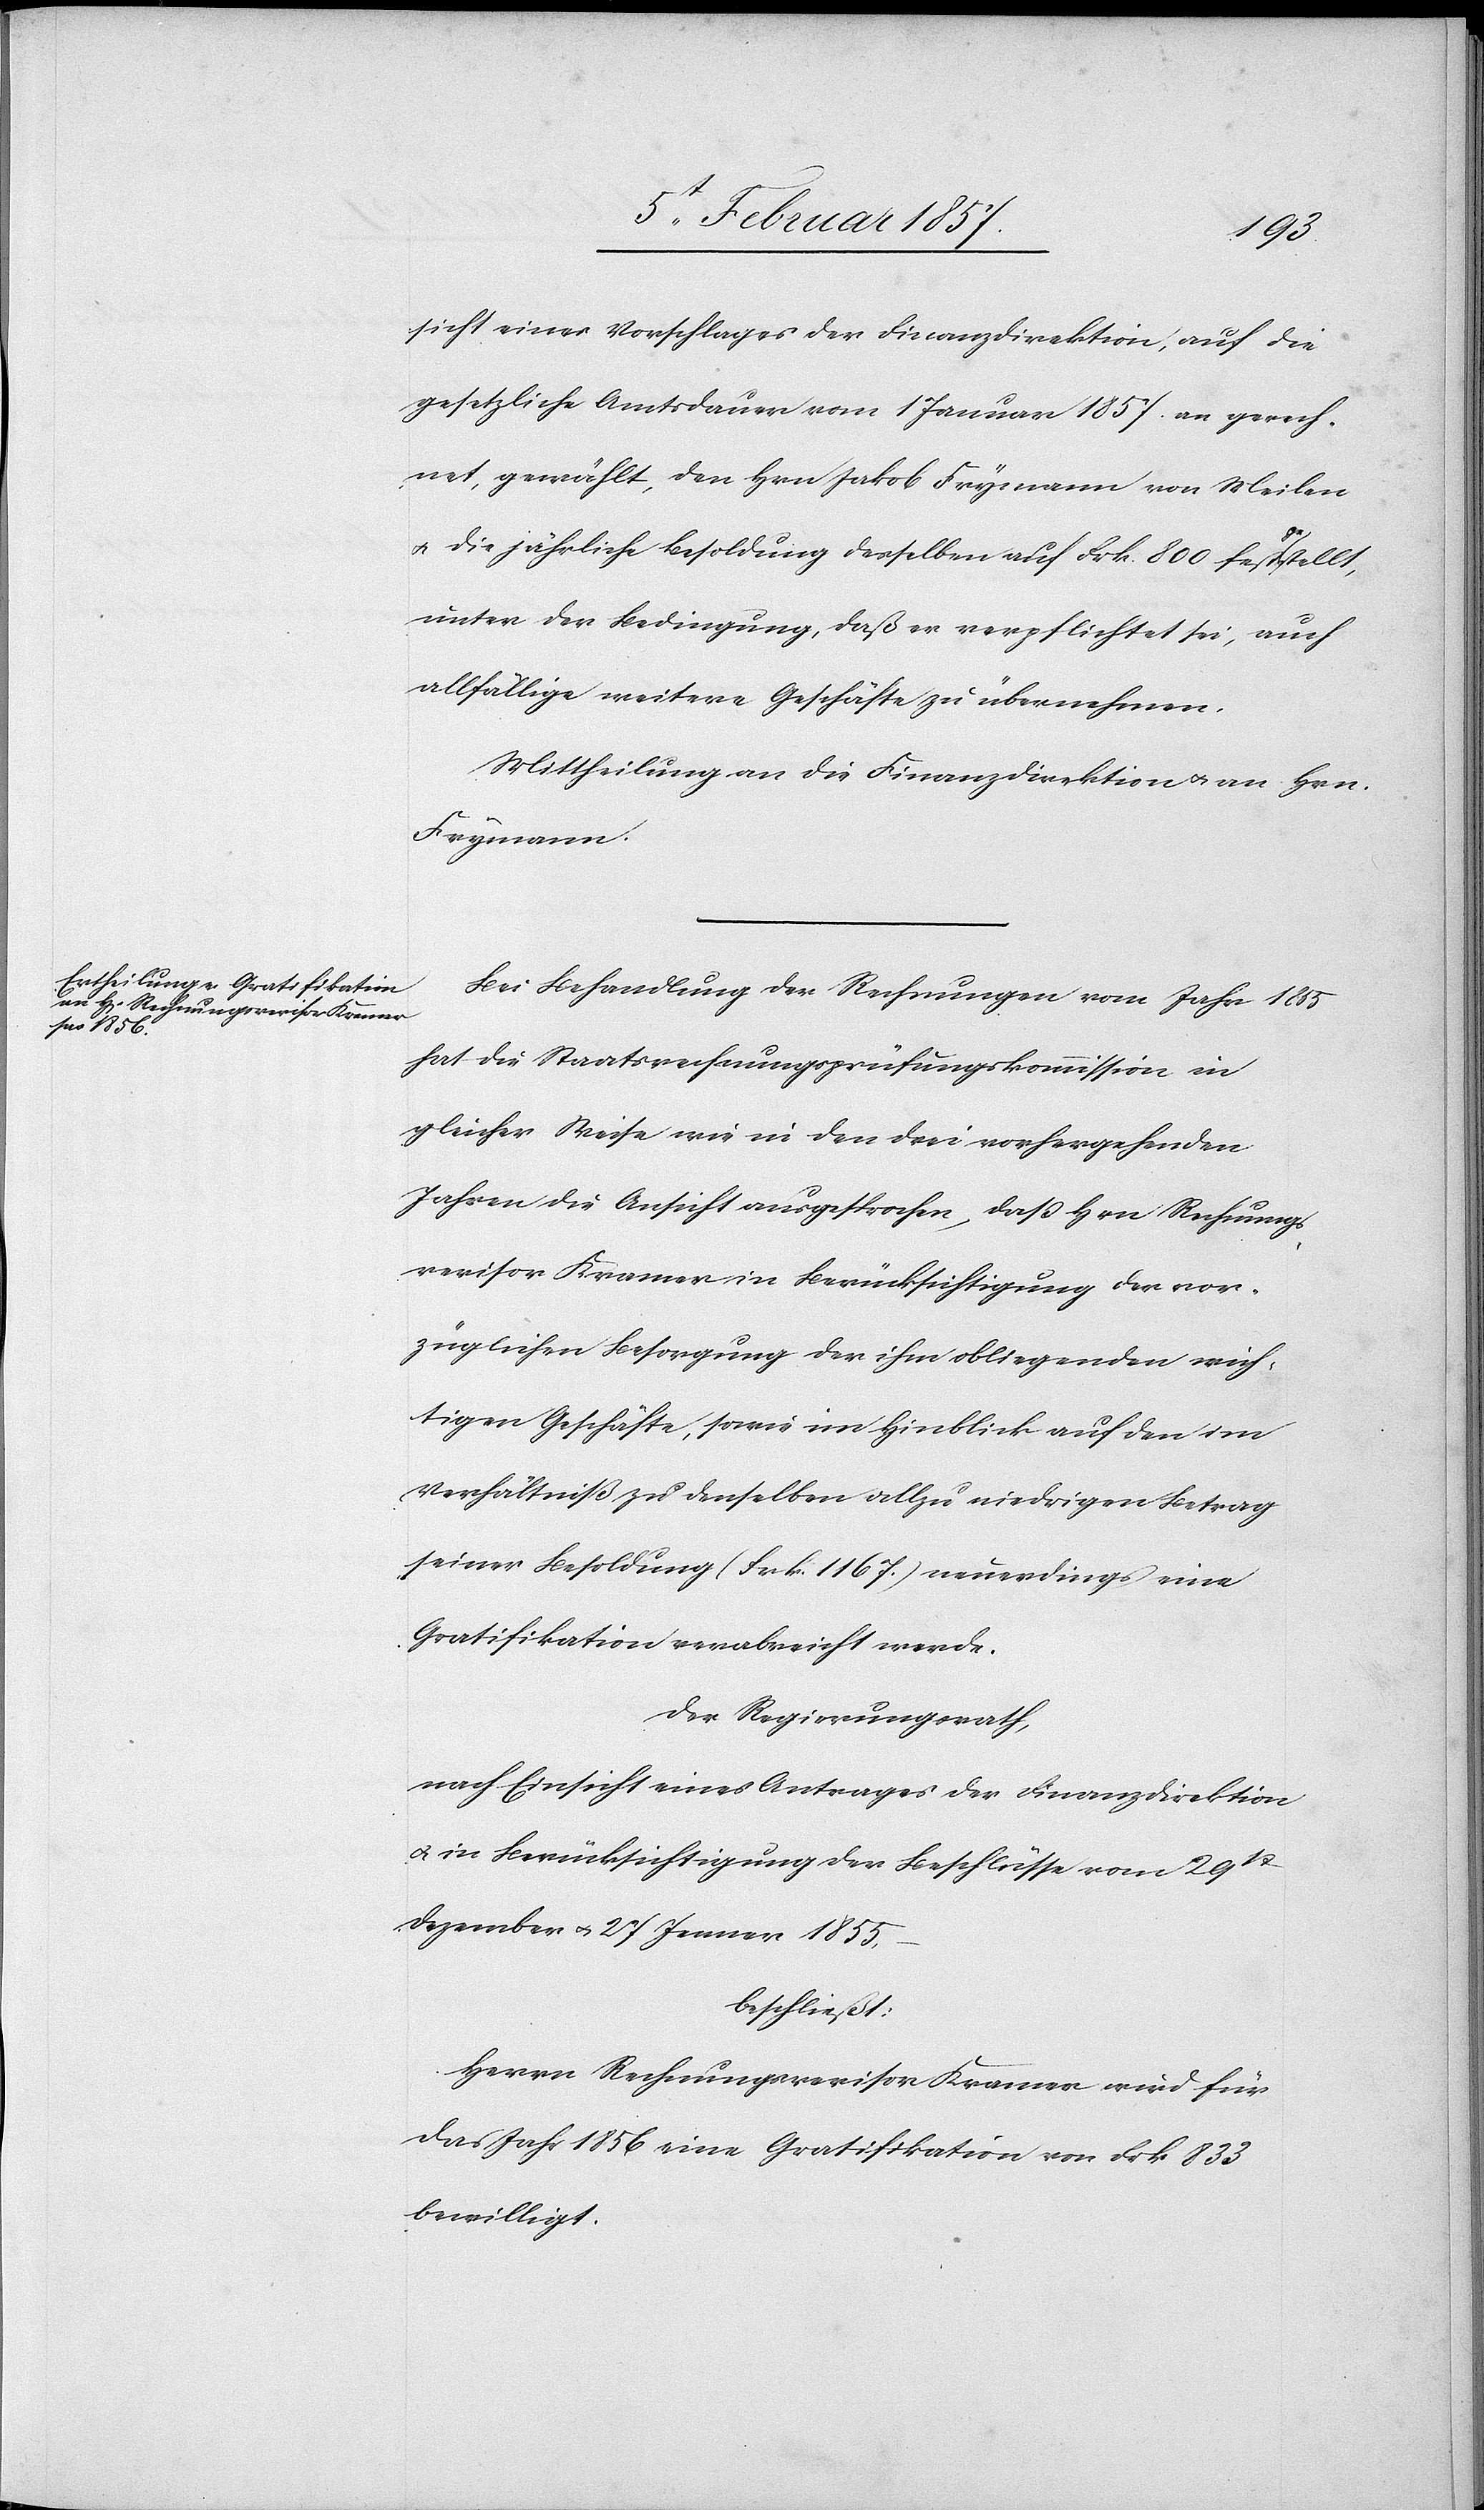
sicht eines Vorschlages der Finanzdirektion, auf die
gesetzliche Amtsdauer vom 1 Januar 1857. an gerech¬
net, gewählt, den Hrn Jakob Frymann von Meilen
u. die jährliche Besoldung desselben auf Frk. 800 festgestellt,
unter der Bedingung, daß er verpflichtet sei, auch
allfällige weitere Geschäfte zu übernehmen.
Mittheilung an die Finanzdirektion u. an Hrn.
Frymann.
Bei Behandlung der Rechnungen vom Jahr 1855
hat die Staatsrechnungsprüfungskommission in
gleicher Weise wie in den drei vorhergehenden
Jahren die Ansicht ausgesprochen, daß Hrn Rechnungs¬
revisor Kramer in Berücksichtigung der vor¬
züglichen Besorgung der ihm obliegenden wich¬
tigen Geschäfte, sowie im Hinblick auf den im
Verhältniß zu denselben allzu niedrigen Betrag
seiner Besoldung (Frk. 1167.) neuerdings eine
Gratifikation verabreicht werde.
Der Regierungsrath,
nach Einsicht eines Antrages der Finanzdirektion
u. in Berücksichtigung der Beschlüsse vom 29st
Dezember u. 27 Jenner 1855,
beschließt:
Herr Rechnungsrevisor Kramer wird für
das Jahr 1856 eine Gratifikation von Frk 833
bewilligt.